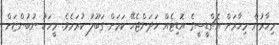
މިހާރުން މިހާރަށް އެޗްޑީސީގެ އޮޑިޓެއް ހަދަންޖެހޭ ކަމަށް ގަބޫލު ކުރަމެވެ. މީހަކު ނުބުންޏަށް